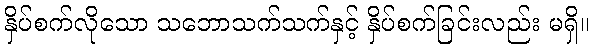
နှိပ်စက်လိုသော သဘောသက်သက်နှင့် နှိပ်စက်ခြင်းလည်း မရှိ။